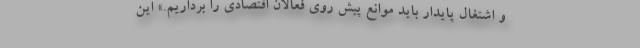
و اشتغال پایدار باید موانع پیش روی فعالان اقتصادی را برداریم.» این